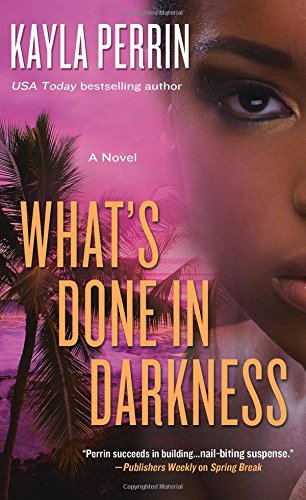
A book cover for What's Done in Darkness: A Novel; Kayla Perrin; Mystery, Thriller & Suspense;